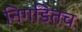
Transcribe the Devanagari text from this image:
निगडितच